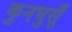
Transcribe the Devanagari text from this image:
कुनघुसूँ